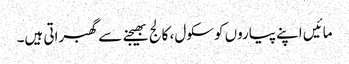
مائیں اپنے پیاروں کو سکول، کالج بھیجنے سے گھبراتی ہیں۔